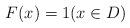
LaTeX: \begin{align*} F(x)=1(x\in D) \end{align*}